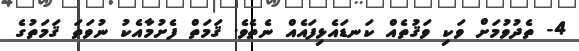
4- ތެދުވުމަށް ވަކި ވަޤުތެއް ކަނޑައެޅިފައެއް ނެތެވެ. ޤަމަތް ފެށުމާއެކު ނުވަތަ ޤަމަތުގެ